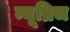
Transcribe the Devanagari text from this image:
न्यूब्रिज